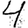
Digit: 4